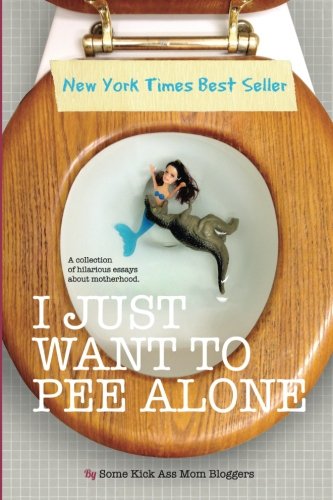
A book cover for I Just Want to Pee Alone; Jen of People I Want to Punch in the Throat; Humor & Entertainment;